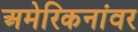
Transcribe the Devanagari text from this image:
अमेरिकनांवर